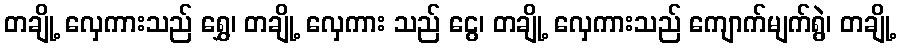
တချို့ လှေကားသည် ရွှေ၊ တချို့ လှေကား သည် ငွေ၊ တချို့ လှေကားသည် ကျောက်မျက်ရွဲ၊ တချို့